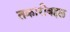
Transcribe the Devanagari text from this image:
तक्रारीबद्दल